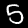
Label: 5